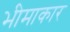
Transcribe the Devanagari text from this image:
भीमाकार